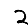
Digit: 2